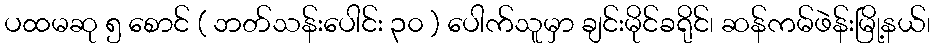
ပထမဆု ၅ စောင် ( ဘတ်သန်းပေါင်း ၃၀ ) ပေါက်သူမှာ ချင်းမိုင်ခရိုင်၊ ဆန်ကမ်ဖဲန်းမြို့နယ်၊